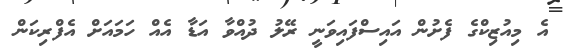
އެ މިއުޒިކްގެ ފެށުން އައިސްފައިވަނީ ރޭލު ދުއްވާ އަޑާ އެއް ހަމައަށް އެފްރިކަން